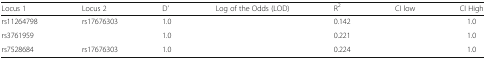
<table><thead><tr><td><b>Locus 1</b></td><td><b>Locus 2</b></td><td><b>D’</b></td><td><b>Log of the Odds (LOD)</b></td><td><b>R<sup>2</sup></b></td><td><b>CI low</b></td><td><b>CI High</b></td></tr></thead><tbody><tr><td>rs11264798</td><td>rs17676303</td><td>1.0</td><td>[EMPTY_CELL]</td><td>0.142</td><td>[EMPTY_CELL]</td><td>1.0</td></tr><tr><td>rs3761959</td><td>[EMPTY_CELL]</td><td>1.0</td><td>[EMPTY_CELL]</td><td>0.221</td><td>[EMPTY_CELL]</td><td>1.0</td></tr><tr><td>rs7528684</td><td>rs17676303</td><td>1.0</td><td>[EMPTY_CELL]</td><td>0.224</td><td>[EMPTY_CELL]</td><td>1.0</td></tr></tbody></table>